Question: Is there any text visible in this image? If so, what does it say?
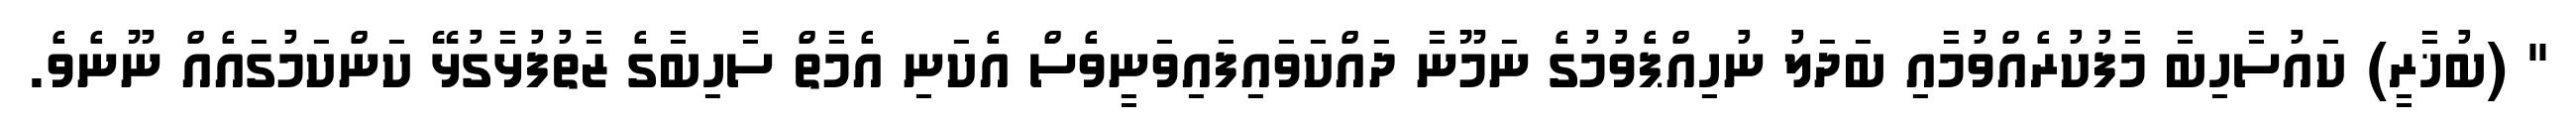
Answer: " (ބުޚާރީ) ކައުސާހިބާ މާފުކުރެއްވުމާއި ބަދަލު ނުހިއްޕެވުމުގެ ނަމޫނާ ދައްކަވައިފައިވަނީވެސް އެކަނި އެމާތް ސާހިބާގެ ޒާތުފުޅާގުޅޭ ކަންކަމުގައެއް ނޫނެވެ.